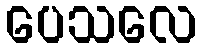
ပေသလေ